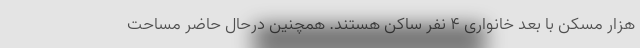
هزار مسکن با بعد خانواری ۴ نفر ساکن هستند. همچنین درحال حاضر مساحت